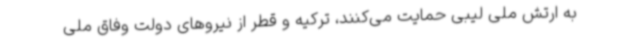
به ارتش ملی لیبی حمایت می‌کنند، ترکیه و قطر از نیروهای دولت وفاق ملی